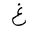
Letter: _gayn